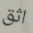
اثق